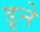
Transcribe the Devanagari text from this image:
डूने